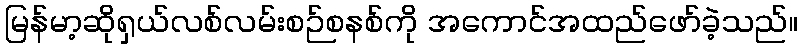
မြန်မာ့ဆိုရှယ်လစ်လမ်းစဉ်စနစ်ကို အကောင်အထည်ဖော်ခဲ့သည်။